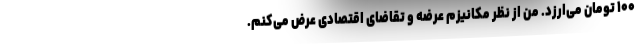
۱۰۰ تومان می‌ارزد. من از نظر مکانیزم عرضه و تقاضای اقتصادی عرض می‌کنم.